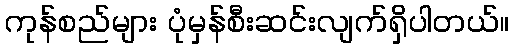
ကုန်စည်များ ပုံမှန်စီးဆင်းလျက်ရှိပါတယ်။